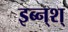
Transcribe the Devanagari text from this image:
इब्न्‌श्